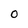
Character: O